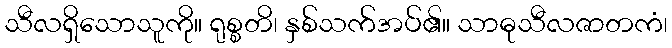
သီလရှိသောသူကို။ ရုစ္စတိ၊ နှစ်သက်အပ်၏။ သာဓုသီလဇာတကံ၊